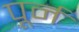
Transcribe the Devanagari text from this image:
पूर्न